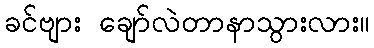
ခင်ဗျား ချော်လဲတာနာသွားလား။